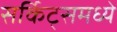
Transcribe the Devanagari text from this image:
सर्किट्समध्ये